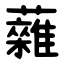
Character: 䕹